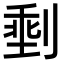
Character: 𪟏